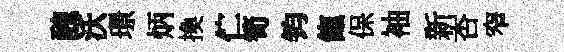
醜沃璟炳換伫筍钧餼保袖新杏窄